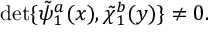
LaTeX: \operatorname * { d e t } \{ \tilde { \psi } _ { 1 } ^ { a } ( x ) , \tilde { \chi } _ { 1 } ^ { b } ( y ) \} \neq 0 .